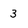
Character: 3